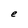
Character: e